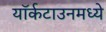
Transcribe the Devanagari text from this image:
यॉर्कटाउनमध्ये